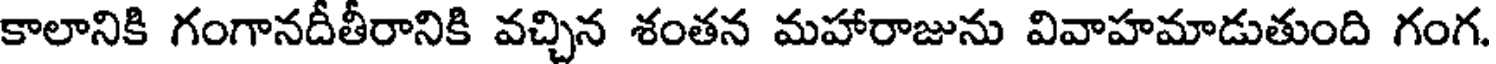
కాలానికి గంగానదీతీరానికి వచ్చిన శంతన మహారాజును వివాహమాడుతుంది గంగ